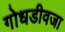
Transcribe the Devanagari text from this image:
गोधडीवजा